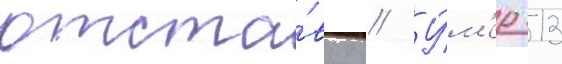
отста́вку // У́м'ер 13